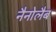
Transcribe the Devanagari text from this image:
नैनोलैब